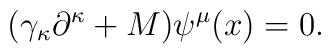
(  \gamma_\kappa \partial^\kappa +M)\psi^\mu(x)=0 .